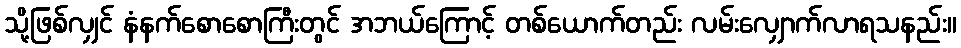
သို့ဖြစ်လျှင် နံနက်စောစောကြီးတွင် အဘယ်ကြောင့် တစ်ယောက်တည်း လမ်းလျှောက်လာရသနည်း။